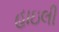
હાઇલી